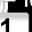
Digit: 1